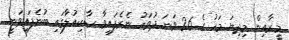
މީރާއިން މިދިޔަ މަހު ގެ 26 ވަނަ ދުވަހު ނެރެފައިވާ ސާކިއުލާގައި ބުނެފައިވަނީ